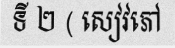
ទី ២ ( សៀវភៅ